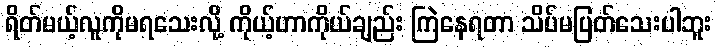
ရိတ်မယ့်လူကိုမရသေးလို့ ကိုယ့်ဟာကိုယ်ချည်း ကြဲနေရတာ သိပ်မပြတ်သေးပါဘူး